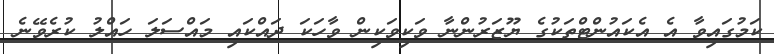
ކަމުގައިވާ އެ އެކައުންޓްތަކުގެ ޔޫޒަރުންނާ ވަކިވަކިން ވާހަކަ ދައްކައި މައްސަލަ ހައްލު ކުރެވޭނެ